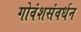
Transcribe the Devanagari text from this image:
गोवंशसंवर्धन